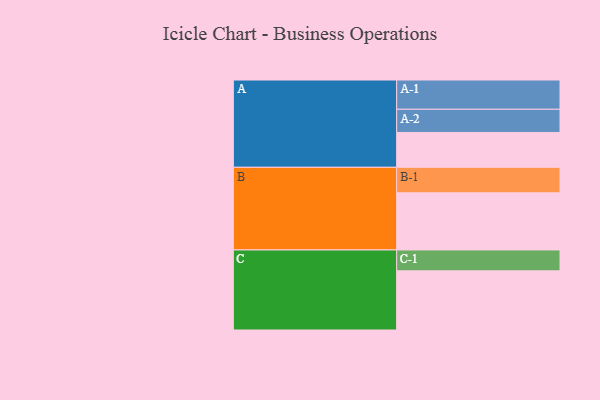
{"axis": {"x": "Segment", "y": "Value"}, "legend": ["", "A", "B", "C"], "data": [{"x": "A", "y": 331, "type": ""}, {"x": "B", "y": 543, "type": ""}, {"x": "C", "y": 562, "type": ""}, {"x": "A-1", "y": 278, "type": "A"}, {"x": "A-2", "y": 220, "type": "A"}, {"x": "B-1", "y": 242, "type": "B"}, {"x": "C-1", "y": 198, "type": "C"}]}